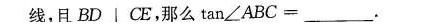
线，且BD | CE，那么$$tan∠ABC=___$$。